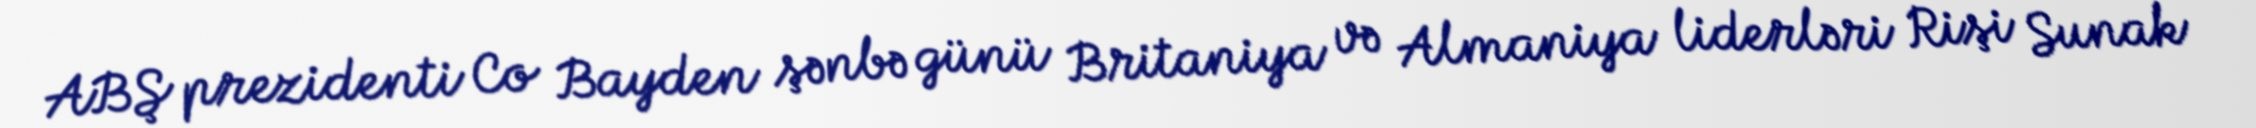
ABŞ prezidenti Co Bayden şənbə günü Britaniya və Almaniya liderləri Rişi Sunak